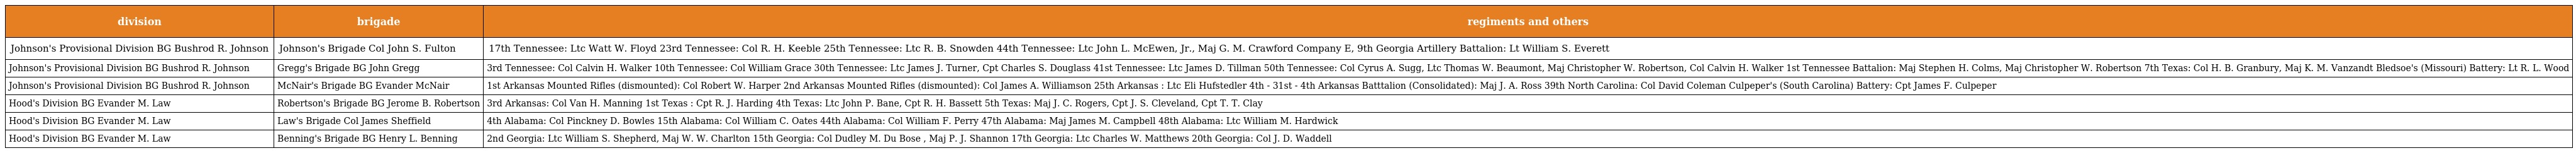
| division | brigade | regiments and others |
 | --- | --- | --- |
 | Johnson's Provisional Division BG Bushrod R. Johnson | Johnson's Brigade Col John S. Fulton | 17th Tennessee: Ltc Watt W. Floyd 23rd Tennessee: Col R. H. Keeble 25th Tennessee: Ltc R. B. Snowden 44th Tennessee: Ltc John L. McEwen, Jr., Maj G. M. Crawford Company E, 9th Georgia Artillery Battalion: Lt William S. Everett |
 | Johnson's Provisional Division BG Bushrod R. Johnson | Gregg's Brigade BG John Gregg | 3rd Tennessee: Col Calvin H. Walker 10th Tennessee: Col William Grace 30th Tennessee: Ltc James J. Turner, Cpt Charles S. Douglass 41st Tennessee: Ltc James D. Tillman 50th Tennessee: Col Cyrus A. Sugg, Ltc Thomas W. Beaumont, Maj Christopher W. Robertson, Col Calvin H. Walker 1st Tennessee Battalion: Maj Stephen H. Colms, Maj Christopher W. Robertson 7th Texas: Col H. B. Granbury, Maj K. M. Vanzandt Bledsoe's (Missouri) Battery: Lt R. L. Wood |
 | Johnson's Provisional Division BG Bushrod R. Johnson | McNair's Brigade BG Evander McNair | 1st Arkansas Mounted Rifles (dismounted): Col Robert W. Harper 2nd Arkansas Mounted Rifles (dismounted): Col James A. Williamson 25th Arkansas : Ltc Eli Hufstedler 4th - 31st - 4th Arkansas Batttalion (Consolidated): Maj J. A. Ross 39th North Carolina: Col David Coleman Culpeper's (South Carolina) Battery: Cpt James F. Culpeper |
 | Hood's Division BG Evander M. Law | Robertson's Brigade BG Jerome B. Robertson | 3rd Arkansas: Col Van H. Manning 1st Texas : Cpt R. J. Harding 4th Texas: Ltc John P. Bane, Cpt R. H. Bassett 5th Texas: Maj J. C. Rogers, Cpt J. S. Cleveland, Cpt T. T. Clay |
 | Hood's Division BG Evander M. Law | Law's Brigade Col James Sheffield | 4th Alabama: Col Pinckney D. Bowles 15th Alabama: Col William C. Oates 44th Alabama: Col William F. Perry 47th Alabama: Maj James M. Campbell 48th Alabama: Ltc William M. Hardwick |
 | Hood's Division BG Evander M. Law | Benning's Brigade BG Henry L. Benning | 2nd Georgia: Ltc William S. Shepherd, Maj W. W. Charlton 15th Georgia: Col Dudley M. Du Bose , Maj P. J. Shannon 17th Georgia: Ltc Charles W. Matthews 20th Georgia: Col J. D. Waddell |